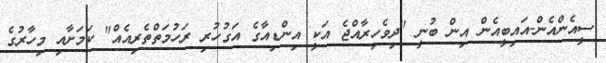
ސީއެންއެން-އައިބީއެން އިން ބުނީ "ދިވެހިރާއްޖެ އަކީ އިންޑިއާގެ އަގުހުރި ރަހުމަތްތެރިއެއް" ކަމަށާއި މިހާރުގެ